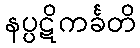
နပ္ပဋိကင်္ခတိ